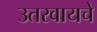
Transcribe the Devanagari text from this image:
उतरवायचे